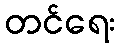
တင်ရေး